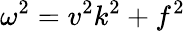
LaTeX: \omega^{2}=v^{2}k^{2}+f^{2}